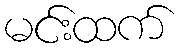
မင်းထက်